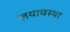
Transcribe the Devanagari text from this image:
लयावस्था